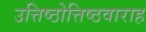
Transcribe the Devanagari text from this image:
उत्तिष्ठोत्तिष्ठवाराह